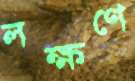
লক্ষণে